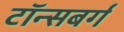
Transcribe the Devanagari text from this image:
टॉन्सबर्ग